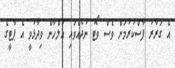
އެ ގަރާރު ފާސްކުރުމަށް ވެސް ވޯޓު ނުދެއްވައި އަލްހާން ވިދާޅުވީ އެ ޕާޓީގެ